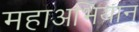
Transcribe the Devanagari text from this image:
महाअभियान